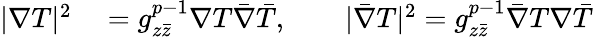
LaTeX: \begin{array}{rl}{|\nabla T|^{2}}&{{}=g_{z\bar{z}}^{p-1}\nabla T\bar{\nabla}\bar{T},\qquad|\bar{\nabla}T|^{2}=g_{z\bar{z}}^{p-1}\bar{\nabla}T\nabla\bar{T}}\end{array}